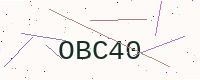
Text: OBC40